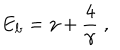
E _ { \mathrm { b } } = \gamma + { \frac { 4 } { \gamma } } \; ,